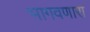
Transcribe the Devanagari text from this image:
भागवणारा